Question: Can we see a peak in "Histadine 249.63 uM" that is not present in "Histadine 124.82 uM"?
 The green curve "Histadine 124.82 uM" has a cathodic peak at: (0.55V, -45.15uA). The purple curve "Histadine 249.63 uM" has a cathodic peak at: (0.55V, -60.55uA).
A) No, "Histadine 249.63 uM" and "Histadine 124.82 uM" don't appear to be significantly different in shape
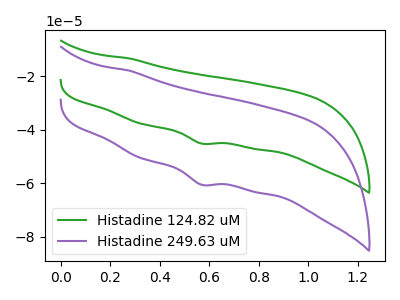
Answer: <think>All the peaks in "Histadine 249.63 uM" have a peak in "Histadine 124.82 uM" at the same potential. Every peak in "Histadine 249.63 uM" is higher than every peak in "Histadine 124.82 uM".
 </think>
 <answer>A) No, "Histadine 249.63 uM" and "Histadine 124.82 uM" don't appear to be significantly different in shape</answer>
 <eval>A</eval>